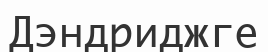
Дэндриджге